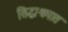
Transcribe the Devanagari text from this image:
सिद्धाश्रमात